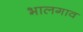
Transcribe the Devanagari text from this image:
भालगाव